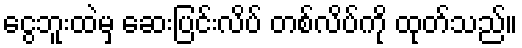
ငွေဘူးထဲမှ ဆေးပြင်းလိပ် တစ်လိပ်ကို ထုတ်သည်။